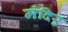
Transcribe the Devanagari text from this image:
मंदिर्